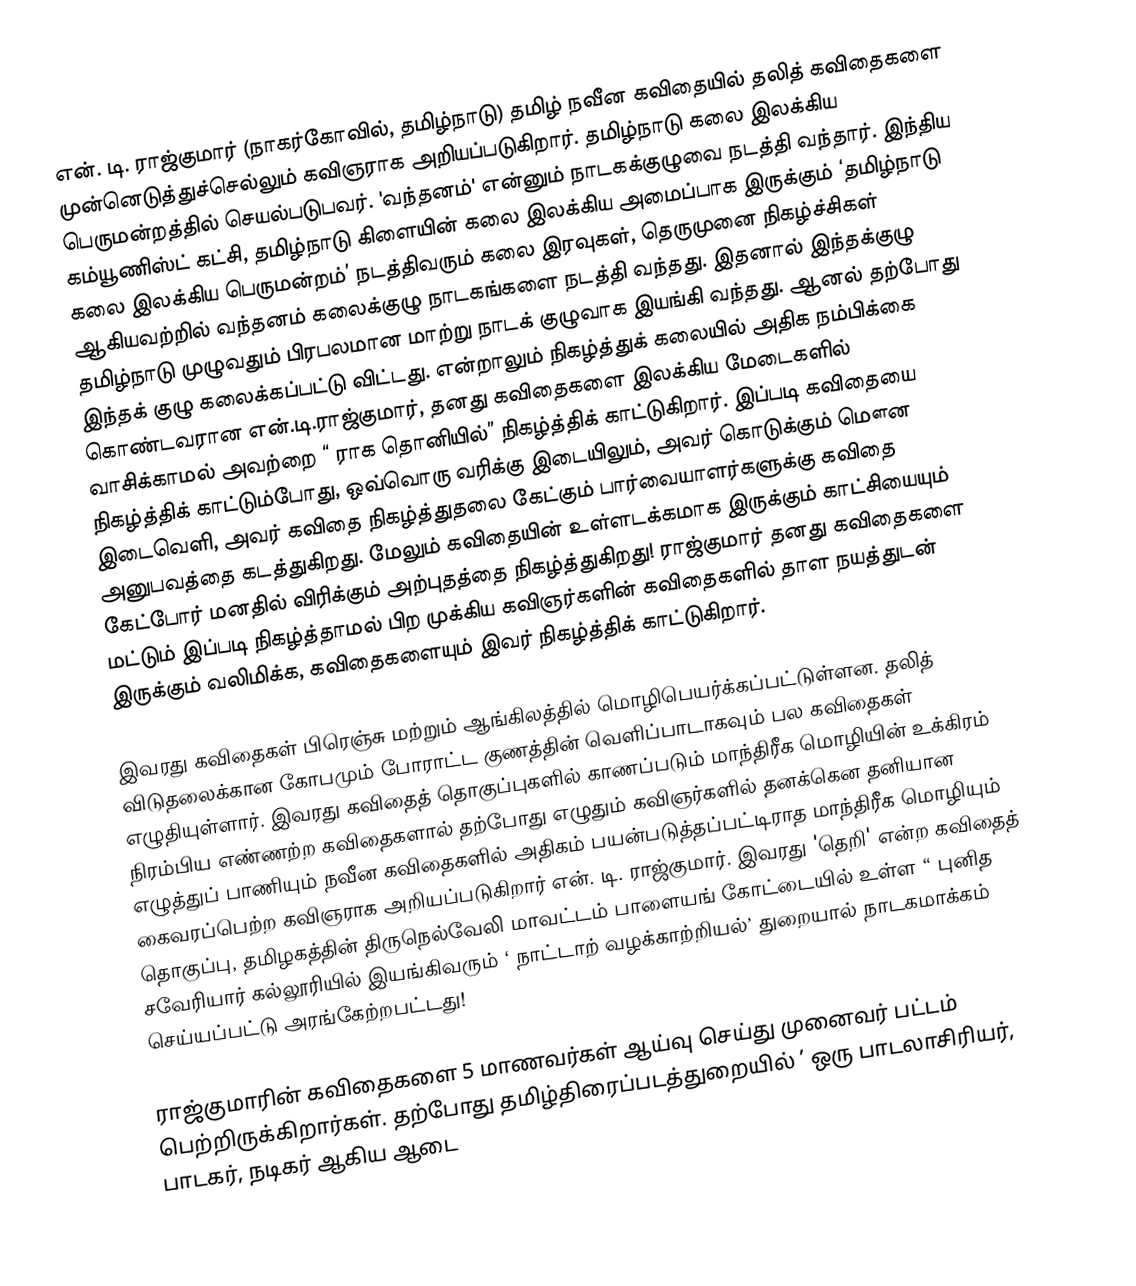
என். டி. ராஜ்குமார் (நாகர்கோவில், தமிழ்நாடு) தமிழ் நவீன கவிதையில் தலித் கவிதைகளை முன்னெடுத்துச்செல்லும் கவிஞராக அறியப்படுகிறார். தமிழ்நாடு கலை இலக்கிய பெருமன்றத்தில் செயல்படுபவர். 'வந்தனம்' என்னும் நாடகக்குழுவை நடத்தி வந்தார். இந்திய கம்யூணிஸ்ட் கட்சி, தமிழ்நாடு கிளையின் கலை இலக்கிய அமைப்பாக இருக்கும் ‘தமிழ்நாடு கலை இலக்கிய பெருமன்றம்’ நடத்திவரும் கலை இரவுகள், தெருமுனை நிகழ்ச்சிகள் ஆகியவற்றில் வந்தனம் கலைக்குழு நாடகங்களை நடத்தி வந்தது. இதனால் இந்தக்குழு தமிழ்நாடு முழுவதும் பிரபலமான மாற்று நாடக் குழுவாக இயங்கி வந்தது. ஆனல் தற்போது இந்தக் குழு கலைக்கப்பட்டு விட்டது. என்றாலும் நிகழ்த்துக் கலையில் அதிக நம்பிக்கை கொண்டவரான என்.டி.ராஜ்குமார், தனது கவிதைகளை இலக்கிய மேடைகளில் வாசிக்காமல் அவற்றை “  ராக தொனியில்” நிகழ்த்திக் காட்டுகிறார். இப்படி  கவிதையை நிகழ்த்திக் காட்டும்போது, ஒவ்வொரு வரிக்கு இடையிலும், அவர் கொடுக்கும் மௌன இடைவெளி, அவர் கவிதை நிகழ்த்துதலை கேட்கும் பார்வையாளர்களுக்கு கவிதை அனுபவத்தை கடத்துகிறது. மேலும் கவிதையின் உள்ளடக்கமாக இருக்கும் காட்சியையும் கேட்போர் மனதில் விரிக்கும் அற்புதத்தை நிகழ்த்துகிறது! ராஜ்குமார் தனது கவிதைகளை மட்டும் இப்படி நிகழ்த்தாமல் பிற முக்கிய கவிஞர்களின் கவிதைகளில் தாள நயத்துடன் இருக்கும் வலிமிக்க, கவிதைகளையும் இவர் நிகழ்த்திக் காட்டுகிறார்.

இவரது கவிதைகள் பிரெஞ்சு மற்றும் ஆங்கிலத்தில் மொழிபெயர்க்கப்பட்டுள்ளன. தலித் விடுதலைக்கான கோபமும் போராட்ட குணத்தின் வெளிப்பாடாகவும் பல கவிதைகள் எழுதியுள்ளார். இவரது கவிதைத் தொகுப்புகளில் காணப்படும் மாந்திரீக மொழியின் உக்கிரம் நிரம்பிய எண்ணற்ற கவிதைகளால் தற்போது எழுதும் கவிஞர்களில் தனக்கென தனியான எழுத்துப் பாணியும் நவீன கவிதைகளில் அதிகம் பயன்படுத்தப்பட்டிராத மாந்திரீக மொழியும் கைவரப்பெற்ற கவிஞராக அறியப்படுகிறார் என். டி. ராஜ்குமார். இவரது 'தெறி' என்ற கவிதைத் தொகுப்பு, தமிழகத்தின் திருநெல்வேலி மாவட்டம் பாளையங் கோட்டையில் உள்ள “ புனித சவேரியார் கல்லூரியில் இயங்கிவரும் ‘ நாட்டாற் வழக்காற்றியல்’ துறையால் நாடகமாக்கம் செய்யப்பட்டு அரங்கேற்றபட்டது!

ராஜ்குமாரின் கவிதைகளை 5 மாணவர்கள் ஆய்வு செய்து முனைவர் பட்டம் பெற்றிருக்கிறார்கள். தற்போது தமிழ்திரைப்படத்துறையில் ’ ஒரு பாடலாசிரியர், பாடகர், நடிகர் ஆகிய ஆடை